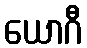
ယောဂီ